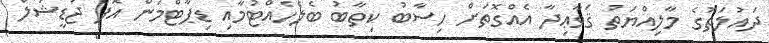
ދައުލަތުގެ މާލިއްޔަތު ޤަވާޢިދާ އެއްގޮތަށް ހިސާބު ކިތާބު ބެލެހެއްޓުމާއި ޑިޕާޓްމަން އޮފް ޖުޑީޝަލް